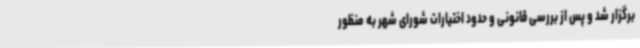
برگزار شد و پس از بررسی قانونی و حدود اختیارات شورای شهر به منظور